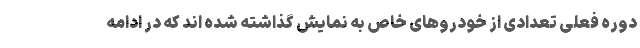
دوره فعلی تعدادی از خودروهای خاص به نمایش گذاشته شده اند که در ادامه